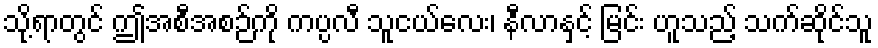
သို့ရာတွင် ဤအစီအစဉ်ကို ကပ္ပလီ သူငယ်လေး၊ နီလာနှင့် မြင်း ဟူသည့် သက်ဆိုင်သူ